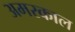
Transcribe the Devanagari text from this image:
अमरकाल